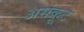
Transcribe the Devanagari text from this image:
असंकूट